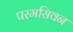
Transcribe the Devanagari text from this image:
परमसिवन